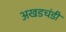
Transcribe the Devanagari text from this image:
अखडचंडी